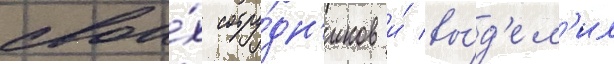
свои́х сотру́дн'иков и́ вы́д'ел'ил